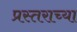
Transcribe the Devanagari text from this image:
प्रस्तराच्या